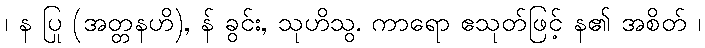
၊ န ပြု (အတ္တနဟိ), န် ခွင်း, သုဟိသွ. ကာရော ဧသုတ်ဖြင့် န၏ အစိတ် ၊